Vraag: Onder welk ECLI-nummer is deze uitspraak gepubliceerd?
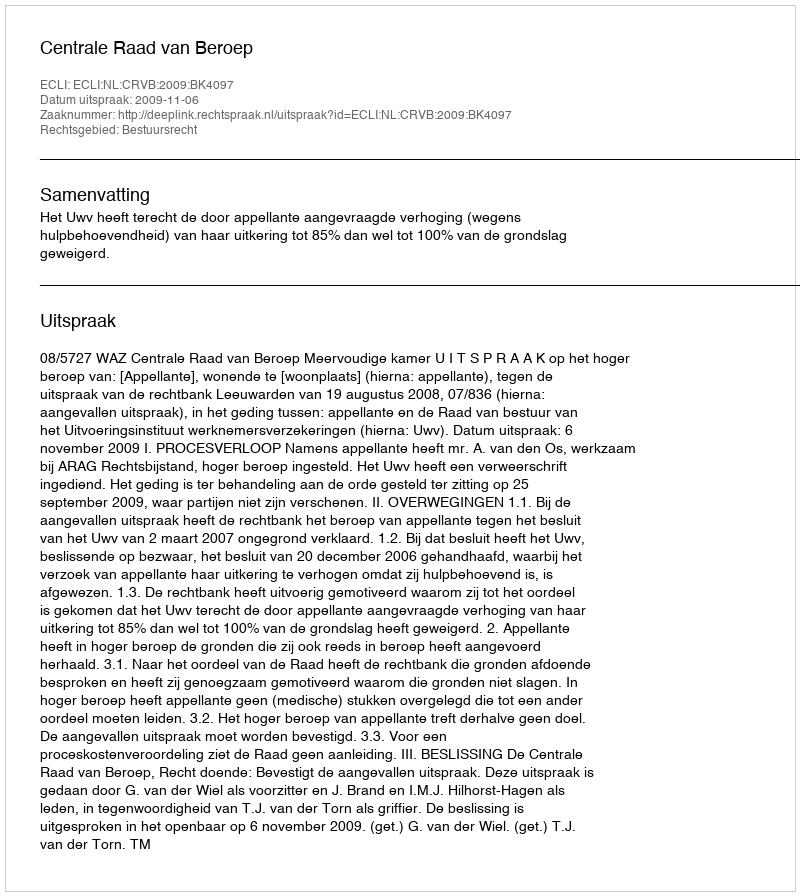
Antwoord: ECLI:NL:CRVB:2009:BK4097